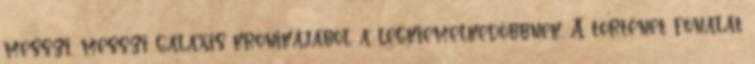
messzi, messzi galaxis krónikájából a legkiemelkedőbbnek. A történet fonalát